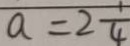
a = 2 \frac { 1 } { 4 }